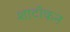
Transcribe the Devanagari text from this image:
शाटोकन